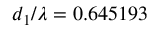
d _ { 1 } / \lambda = 0 . 6 4 5 1 9 3